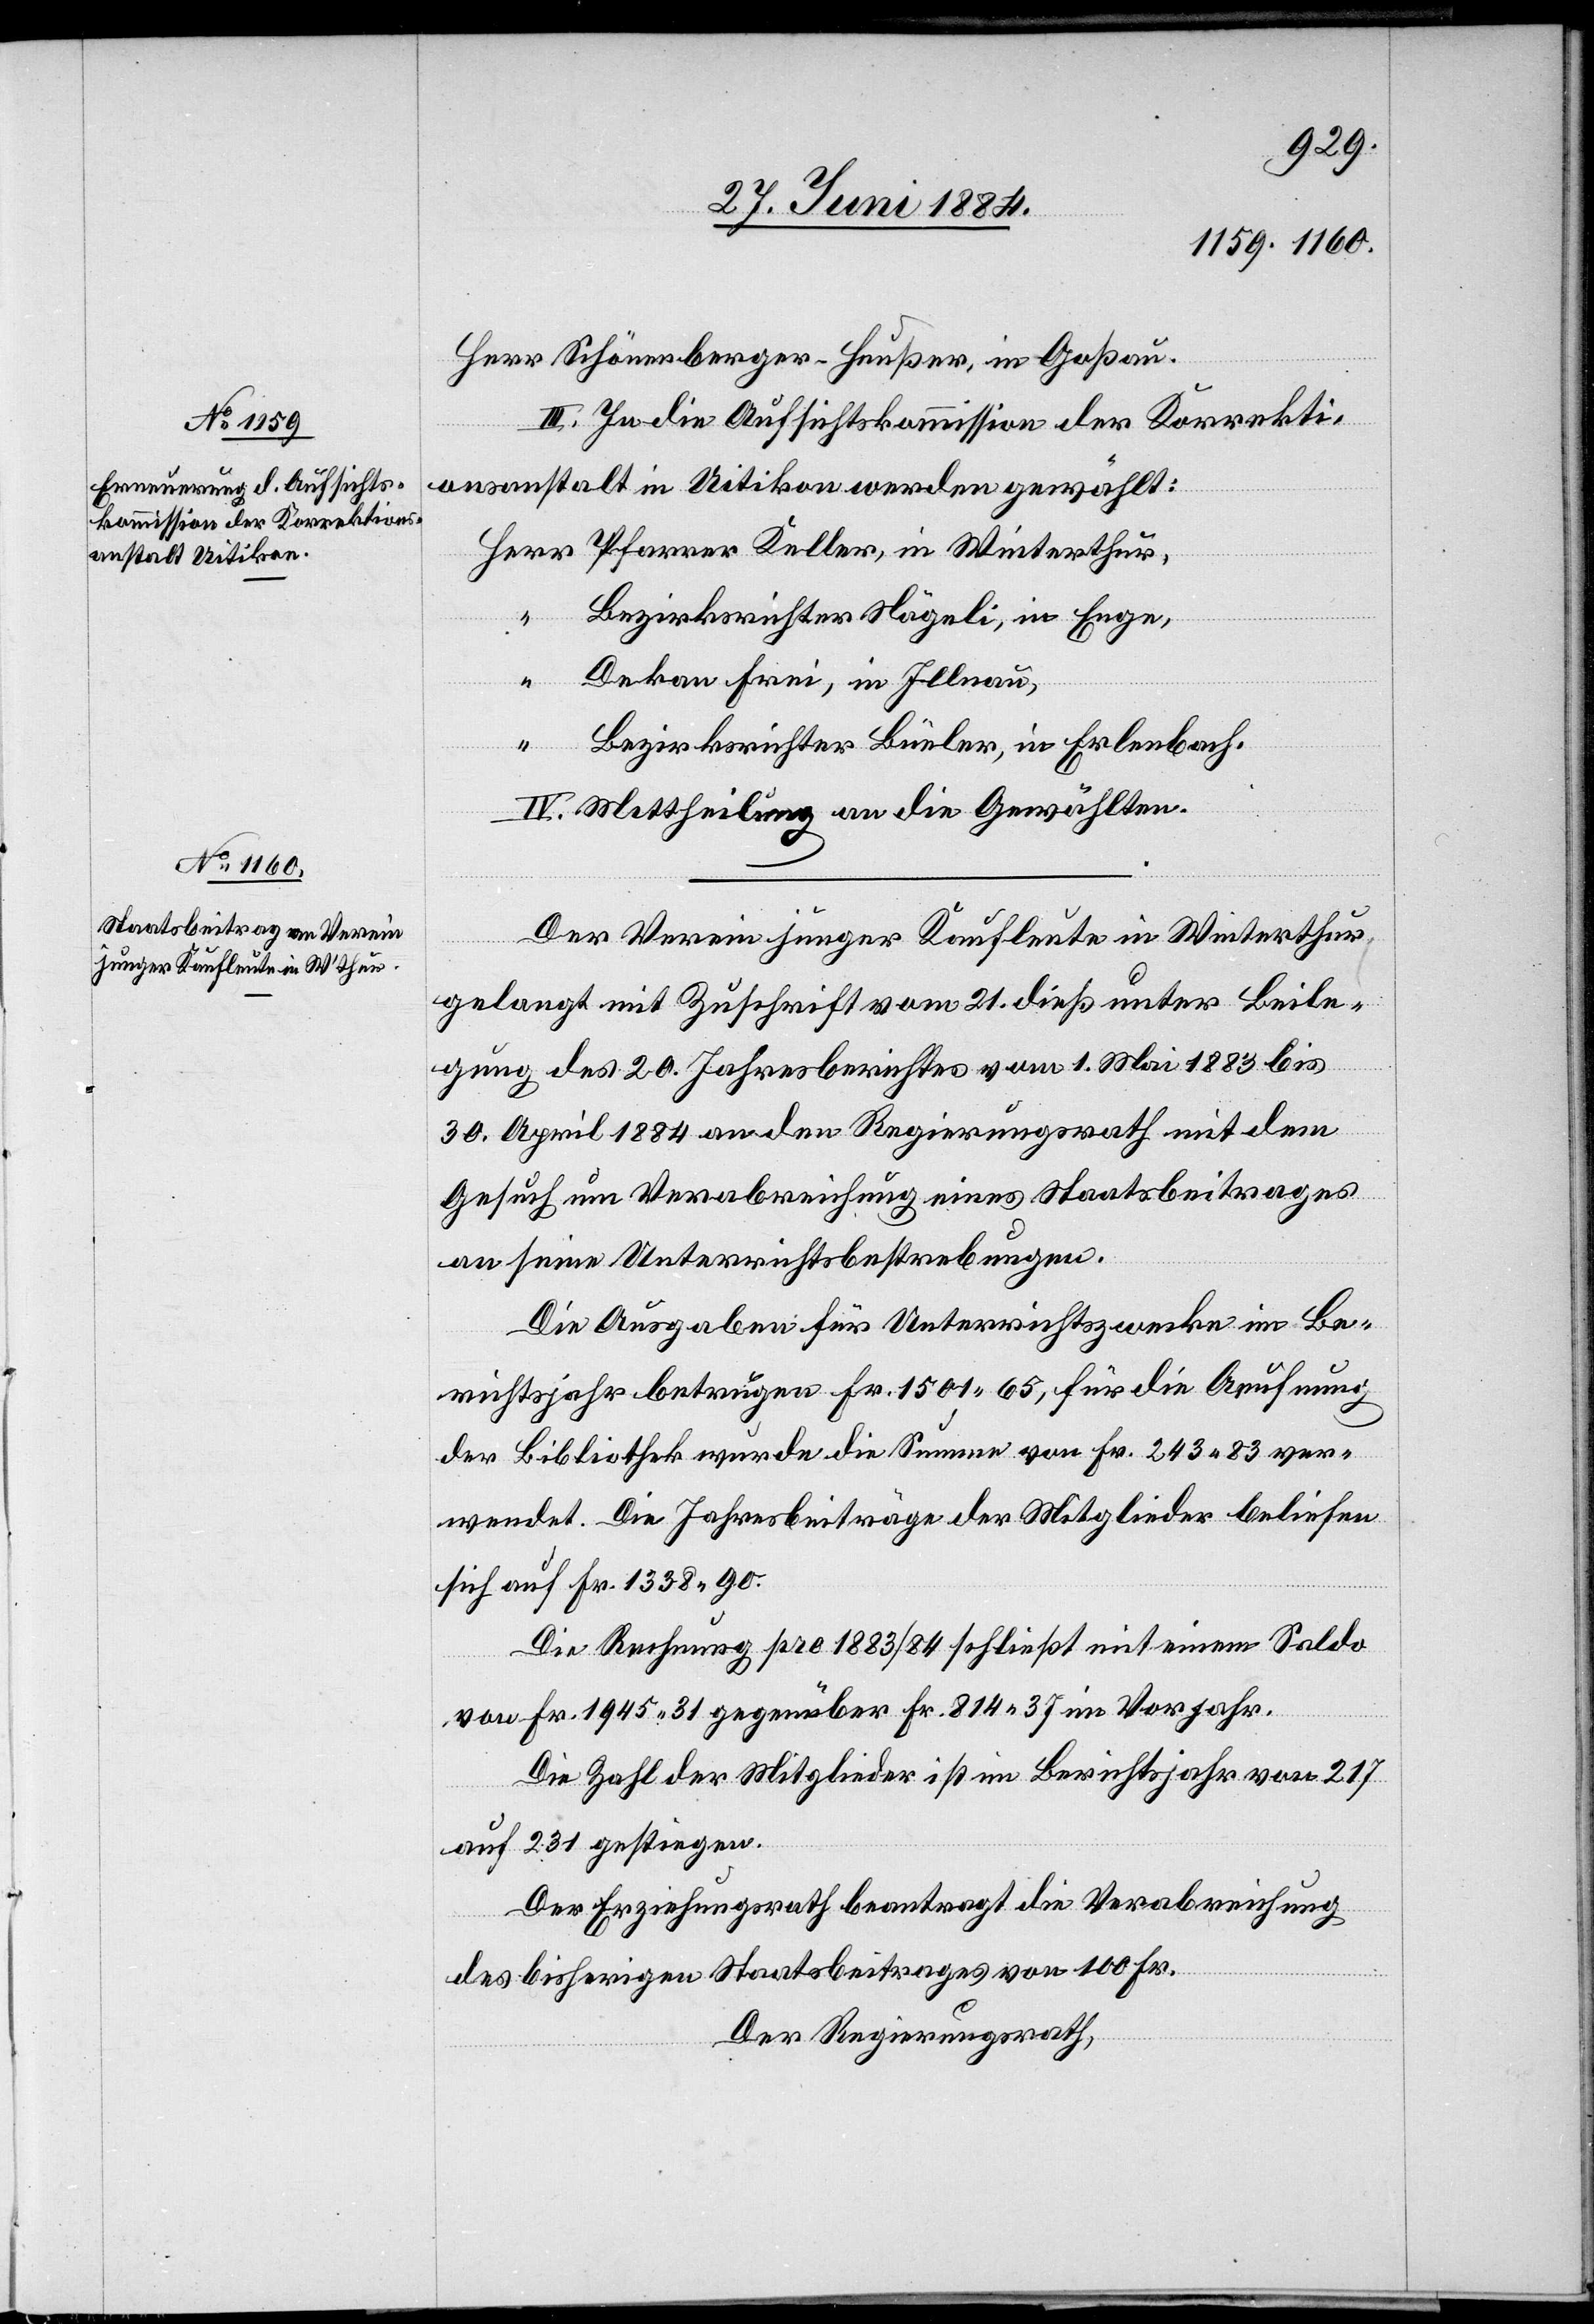
III. In die Aufsichtskommission der Korrekti¬
onsanstalt in Uitikon werden gewählt:
Win¬
Bezirksrichter Nägeli, in Enge,
Dekan Frei, in Illnau,
Bezirksrichter Büeler, in Erlenbach.
IV. Mittheilung an die Gewählten.
“
Der Verein junger Kaufleute in Winterthur
gelangt mit Zuschrift vom 21. dieß unter Beile¬
gung des 20. Jahresberichtes vom 1. Mai 1883 bis
30. April 1884 an den Regierungsrath mit dem
Gesuch um Verabreichung eines Staatsbeitrages
an seine Unterrichtsbestrebungen.
Die Ausgaben für Unterrichtszwecke im Be¬
richtsjahr betrugen Fr. 1501 65, für die Aeufnung
der Bibliothek wurde die Summe von Fr. 243 83 ver¬
wendet. Die Jahresbeiträge der Mitglieder beliefen
sich auf Fr. 1338 90.
Die Rechnung pro 1883/84 schließt mit einem Saldo
von Fr. 1945 31 gegenüber Fr. 814 37 im Vorjahr.
Die Zahl der Mitglieder ist im Berichtsjahr von 217
terthur,
auf 231 gestiegen.
Der Erziehungsrath beantragt die Verabreichung
des bisherigen Staatsbeitrages von 100 Fr.
Der Regierungsrath,